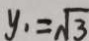
y _ { 1 } = \sqrt { 3 }